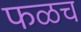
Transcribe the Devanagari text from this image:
फळच